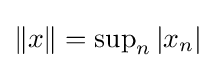
{\textstyle \|x\|=\sup _{n}|x_{n}|}